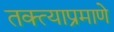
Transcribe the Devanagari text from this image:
तक्त्याप्रमाणे